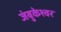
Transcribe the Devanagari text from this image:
जंबुकेश्‍वर